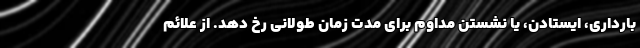
بارداری، ایستادن، یا نشستن مداوم برای مدت زمان طولانی رخ دهد. از علائم